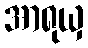
အာရုယှ